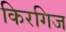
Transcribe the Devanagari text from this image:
किरगिज